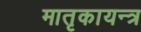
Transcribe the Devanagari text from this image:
मातृकायन्त्र